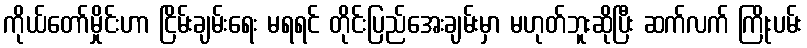
ကိုယ်တော်မှိုင်းဟာ ငြိမ်းချမ်းရေး မရရင် တိုင်းပြည်အေးချမ်းမှာ မဟုတ်ဘူးဆိုပြီး ဆက်လက် ကြိုးပမ်း